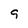
Character: 9